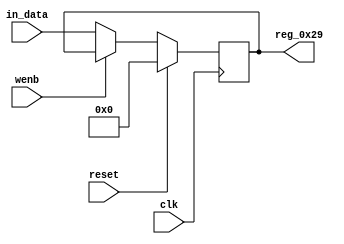
module r_STANDARD_OUTPUT_CAPABILITIES(output reg [7:0] reg_0x29, input wire reset, input wire wenb, input wire [7:0] in_data, input wire clk);
	always@(posedge clk)
	begin
		if(reset==0) begin
			if(wenb==0)
				reg_0x29<=in_data;
			else
				reg_0x29<=reg_0x29;
		end
		else
			reg_0x29<=8'h00;
	end
endmodule